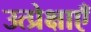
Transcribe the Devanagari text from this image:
उत्प्रेक्षाएँ